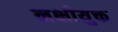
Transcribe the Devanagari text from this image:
नक्षीयुक्त